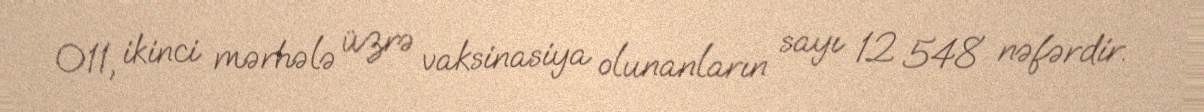
011, ikinci mərhələ üzrə vaksinasiya olunanların sayı 12 548 nəfərdir.